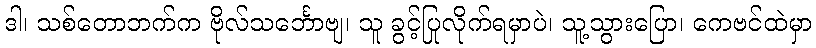
ဒါ၊ သစ်တောဘက်က ဗိုလ်သင်္ဘောဗျ၊ သူ ခွင့်ပြုလိုက်ရမှာပဲ၊ သူ့သွားပြော၊ ကေဗင်ထဲမှာ